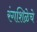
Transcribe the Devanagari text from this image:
रंगशिळेचे